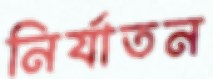
নির্যাতন